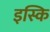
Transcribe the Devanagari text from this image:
इस्कि